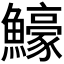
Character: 𬵵